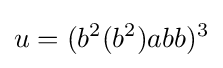
u=(b^{2}(b^{2})abb)^{3}